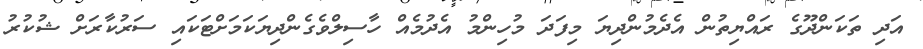
އަދި ތަކަންދޫގެ ރައްޔިތުން އެދެމުންދިޔަ މިފަދަ މުހިންމު އެދުމެއް ހާސިލްވެގެންދިޔަކަމަށްޓަކައި ސަރުކާރަށް ޝުކުރު